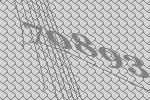
70893